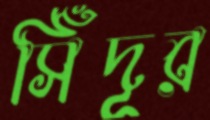
সিঁদূর